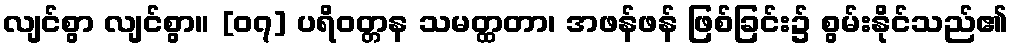
လျင်စွာ လျင်စွာ။ [၀၇] ပရိဝတ္တန သမတ္ထတာ၊ အဖန်ဖန် ဖြစ်ခြင်း၌ စွမ်းနိုင်သည်၏